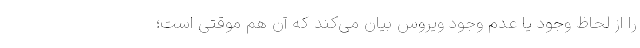
را از لحاظ وجود یا عدم وجود ویروس بیان می‌کند که آن هم موقتی است؛